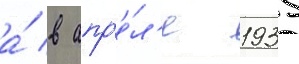
а́ в апр'е́л'е 1935